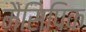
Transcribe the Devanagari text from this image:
मैसिपिक